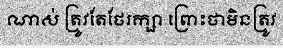
ណាស់ ត្រូវតែថែរក្សា ព្រោះថាមិនត្រូវ